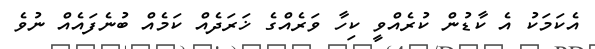
އެކަމަކު އެ ކާޑުން ކުރެއްވީ ކިހާ ވަރެއްގެ ޚަރަދެއް ކަމެއް ބުނެފައެއް ނުވެ